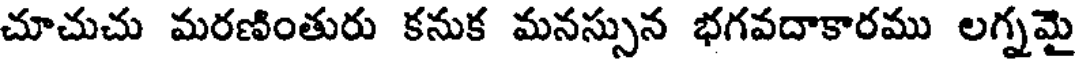
చూచుచు మరణింతురు కనుక మనస్సున భగవదాకారము లగ్నమై